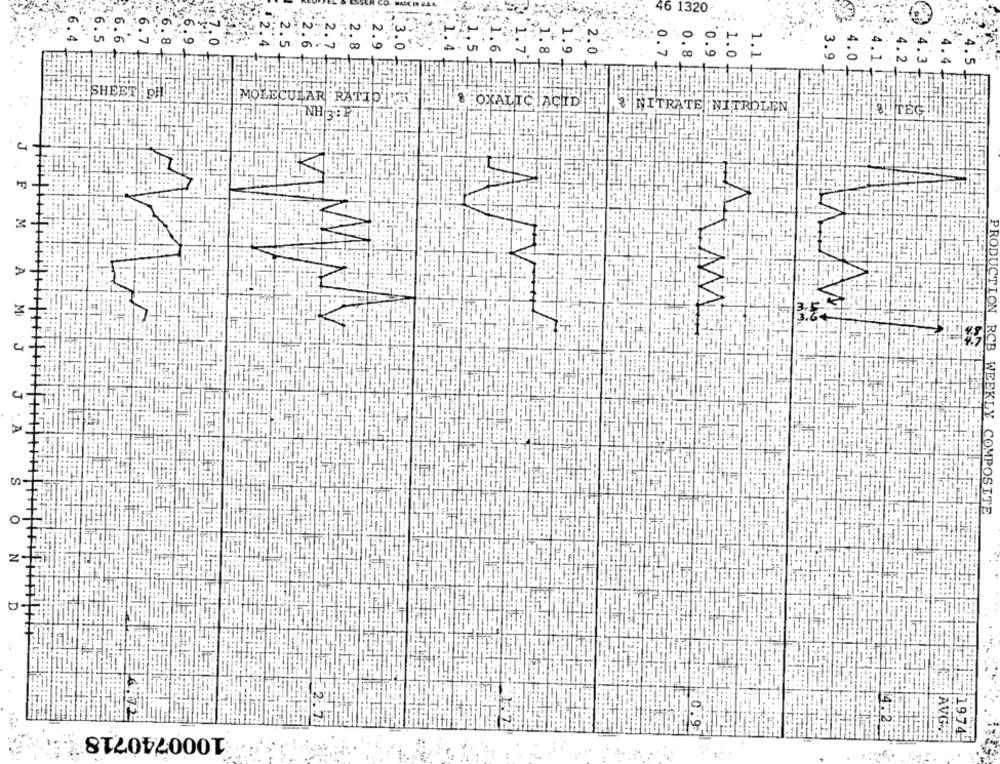
46 1320
1.
0.7
0.8
1.0
`0.9
SHEET :PH
MOLECULAR RATIPKT
8 OXALIC ACID
NITRATE NITROLEN
İTEĞ
4-
F
A
3
ON
4
M J
4
RCB WEEKLY COMPOSITE
2
1000740718
AVG=
1974